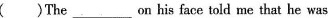
( )The ___on his face told me that he was